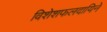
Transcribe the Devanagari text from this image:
विशेशफलदायिने